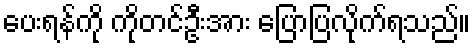
ပေးရန်ကို ကိုတင်ဦးအား ပြောပြလိုက်ရသည်။